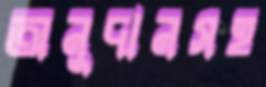
অনুদানসহ